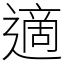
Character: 適